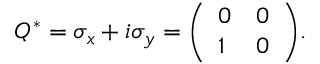
Q ^ { * } = \sigma _ { x } + i \sigma _ { y } = { \left( \begin{array} { l l } { 0 } & { 0 } \\ { 1 } & { 0 } \end{array} \right) } .